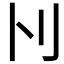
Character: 𠚩